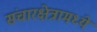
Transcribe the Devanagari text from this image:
संचारक्षेत्रामध्ये